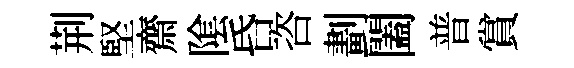
荆堅齋隂昏咨劃闔普賞